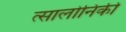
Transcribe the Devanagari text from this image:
त्सालोनिकी